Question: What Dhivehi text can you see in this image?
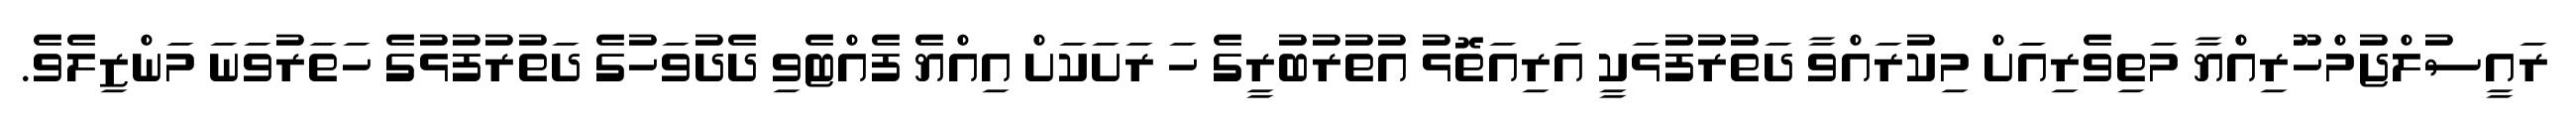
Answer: ރައީސުލްޖުމްހޫރިއްޔާ މަތިވެރިއަަށް މިކުރައްވާ ދަތުރުފުޅަކީ އަރިއަތޮޅު އުތުރުބުރީގެ ހަ ރަށަކަށް އިއްޔެ ފެއްޓެވި ދެދުވަހުގެ ދަތުރުފުޅުގެ ހަތަރުވަނަ މަންޒިލެވެ.